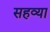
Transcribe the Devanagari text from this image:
सहव्या